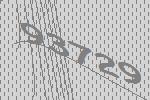
93729